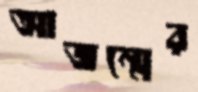
আজন্মের